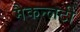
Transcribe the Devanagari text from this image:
मैकन्लटी